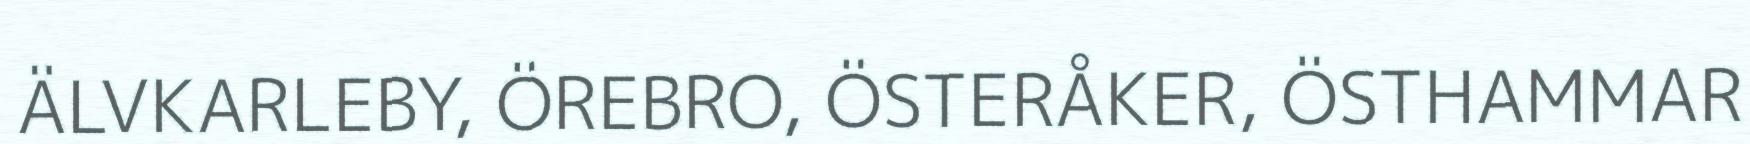
ÄLVKARLEBY, ÖREBRO, ÖSTERÅKER, ÖSTHAMMAR